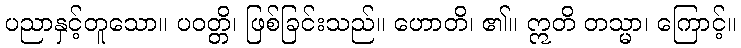
ပညာနှင့်တူသော။ ပဝတ္တိ၊ ဖြစ်ခြင်းသည်။ ဟောတိ၊ ၏။ ဣတိ တသ္မာ၊ ကြောင့်။